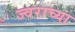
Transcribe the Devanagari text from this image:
ज्वराच्या